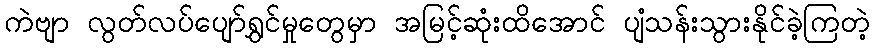
ကဲဗျာ လွတ်လပ်ပျော်ရွှင်မှုတွေမှာ အမြင့်ဆုံးထိအောင် ပျံသန်းသွားနိုင်ခဲ့ကြတဲ့